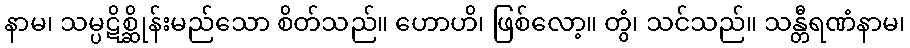
နာမ၊ သမ္ပဋိစ္ဆိုန်းမည်သော စိတ်သည်။ ဟောဟိ၊ ဖြစ်လော့။ တွံ၊ သင်သည်။ သန္တီရဏံနာမ၊